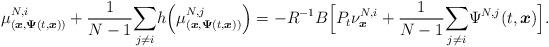
LaTeX: \begin{align*}\mu_{(\boldsymbol{x},\boldsymbol{\Psi}(t,\boldsymbol{x}))}^{N,i}+\frac{1}{N-1}\underset{j\neq i}{\sum}h\Big(\mu_{(\boldsymbol{x},\boldsymbol{\Psi}(t,\boldsymbol{x}))}^{N,j} \Big)=-R^{-1}B\Big[P_t\nu^{N,i}_{\boldsymbol{x}}+\frac{1}{N-1}\underset{j\neq i}{\sum}\Psi^{N,j}(t,\boldsymbol{x})\Big].\end{align*}